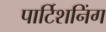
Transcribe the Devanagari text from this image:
पार्टिशनिंग